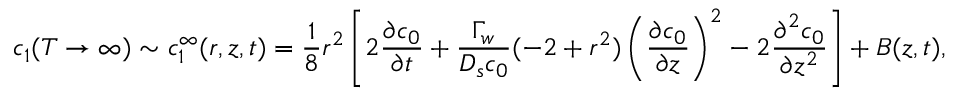
c _ { 1 } ( T \rightarrow \infty ) \sim c _ { 1 } ^ { \infty } ( r , z , t ) = \frac { 1 } { 8 } r ^ { 2 } \left[ 2 \frac { \partial c _ { 0 } } { \partial t } + \frac { \Gamma _ { w } } { D _ { s } c _ { 0 } } ( - 2 + r ^ { 2 } ) \left( \frac { \partial c _ { 0 } } { \partial z } \right) ^ { 2 } - 2 \frac { \partial ^ { 2 } c _ { 0 } } { \partial z ^ { 2 } } \right] + B ( z , t ) ,